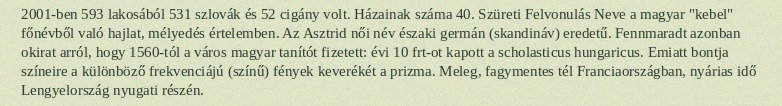
2001-ben 593 lakosából 531 szlovák és 52 cigány volt. Házainak száma 40. Szüreti Felvonulás Neve a magyar "kebel" főnévből való hajlat, mélyedés értelemben. Az Asztrid női név északi germán (skandináv) eredetű. Fennmaradt azonban okirat arról, hogy 1560-tól a város magyar tanítót fizetett: évi 10 frt-ot kapott a scholasticus hungaricus. Emiatt bontja színeire a különböző frekvenciájú (színű) fények keverékét a prizma. Meleg, fagymentes tél Franciaországban, nyárias idő Lengyelország nyugati részén.